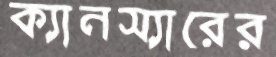
ক্যানস্যারের